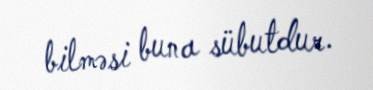
bilməsi buna sübutdur.